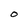
Character: O